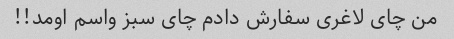
من چای لاغری سفارش دادم چای سبز واسم اومد!!